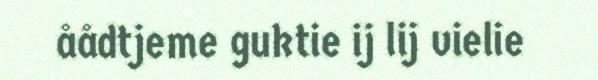
åådtjeme guktie ij lij vielie